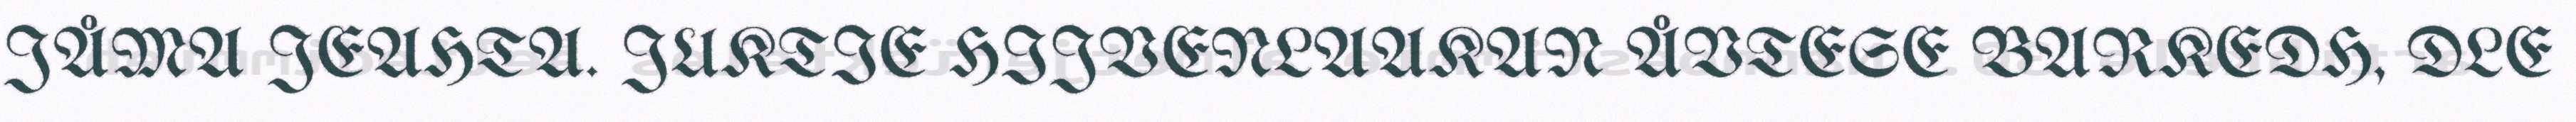
JÅMA JEAHTA. JUKTIE HIJVENLAAKAN ÅVTESE BARKEDH, DLE